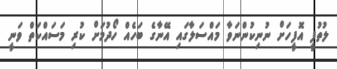
ލުތުފީ އޮފީހަށް ނުނިކުންނަވާ މައްސަލާގައި އޭނާގެ ބަހެއް ހޯދުމަށް ކުރި މަސައްކަތް ވަނީ